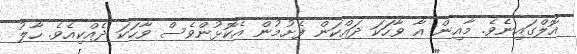
އޮލްގައިނެވެ. މާއިން އާ ވާހަަކަ ދައްކަން ފެށުމުން އެކޮޅުންވެސް ވާހަކަ ދެއްކިއެވެ. ހާލު